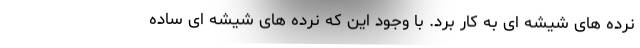
نرده های شیشه ای به کار برد. با وجود این که نرده های شیشه ای ساده